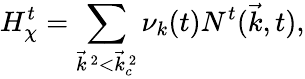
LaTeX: H_{\chi}^{t}=\sum_{{\vec{k}}^{~2}<{\vec{k}}_{c}^{~2}}{\nu}_{k}(t)N^{t}({\vec{k}},t),